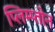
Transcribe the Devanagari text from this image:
प्लिम्प्तोन